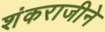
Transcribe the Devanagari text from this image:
शंकराजीने